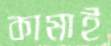
কামাই